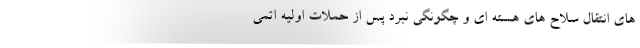
های انتقال سلاح های هسته ای و چگونگی نبرد پس از حملات اولیه اتمی